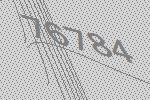
76784